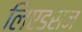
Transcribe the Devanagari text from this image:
लिएडसन